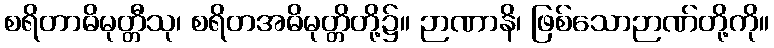
စရိတာဓိမုတ္တီသု၊ စရိတအဓိမုတ္တိတို့၌။ ဉာဏာနိ၊ ဖြစ်သောဉာဏ်တို့ကို။